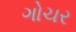
ગોચર